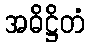
အဓိဋ္ဌိတံ